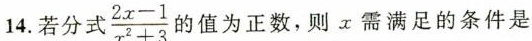
14.若分式$$\frac { 2 x - 1 } { x ^ { 2 } + 3 }$$的值为正数，则x需满足的条件是